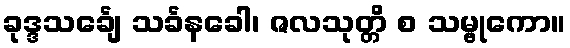
ခုဒ္ဒသင်္ချေ သင်္ခနခေါ၊ ဇလသုတ္တိ စ သမ္ဗုကော။